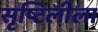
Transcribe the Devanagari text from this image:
सृष्टिलीला